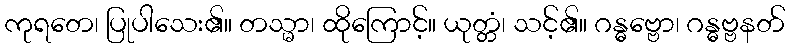
ကုရတေ၊ ပြုပါသေး၏။ တသ္မာ၊ ထိုကြောင့်။ ယုတ္တံ၊ သင့်၏။ ဂန္ဓဗ္ဗော၊ ဂန္ဓဗ္ဗနတ်